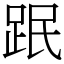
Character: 䟨